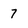
Character: 7